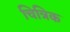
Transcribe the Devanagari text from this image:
चित्रिक